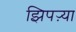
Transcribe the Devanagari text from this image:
झिपऱ्या